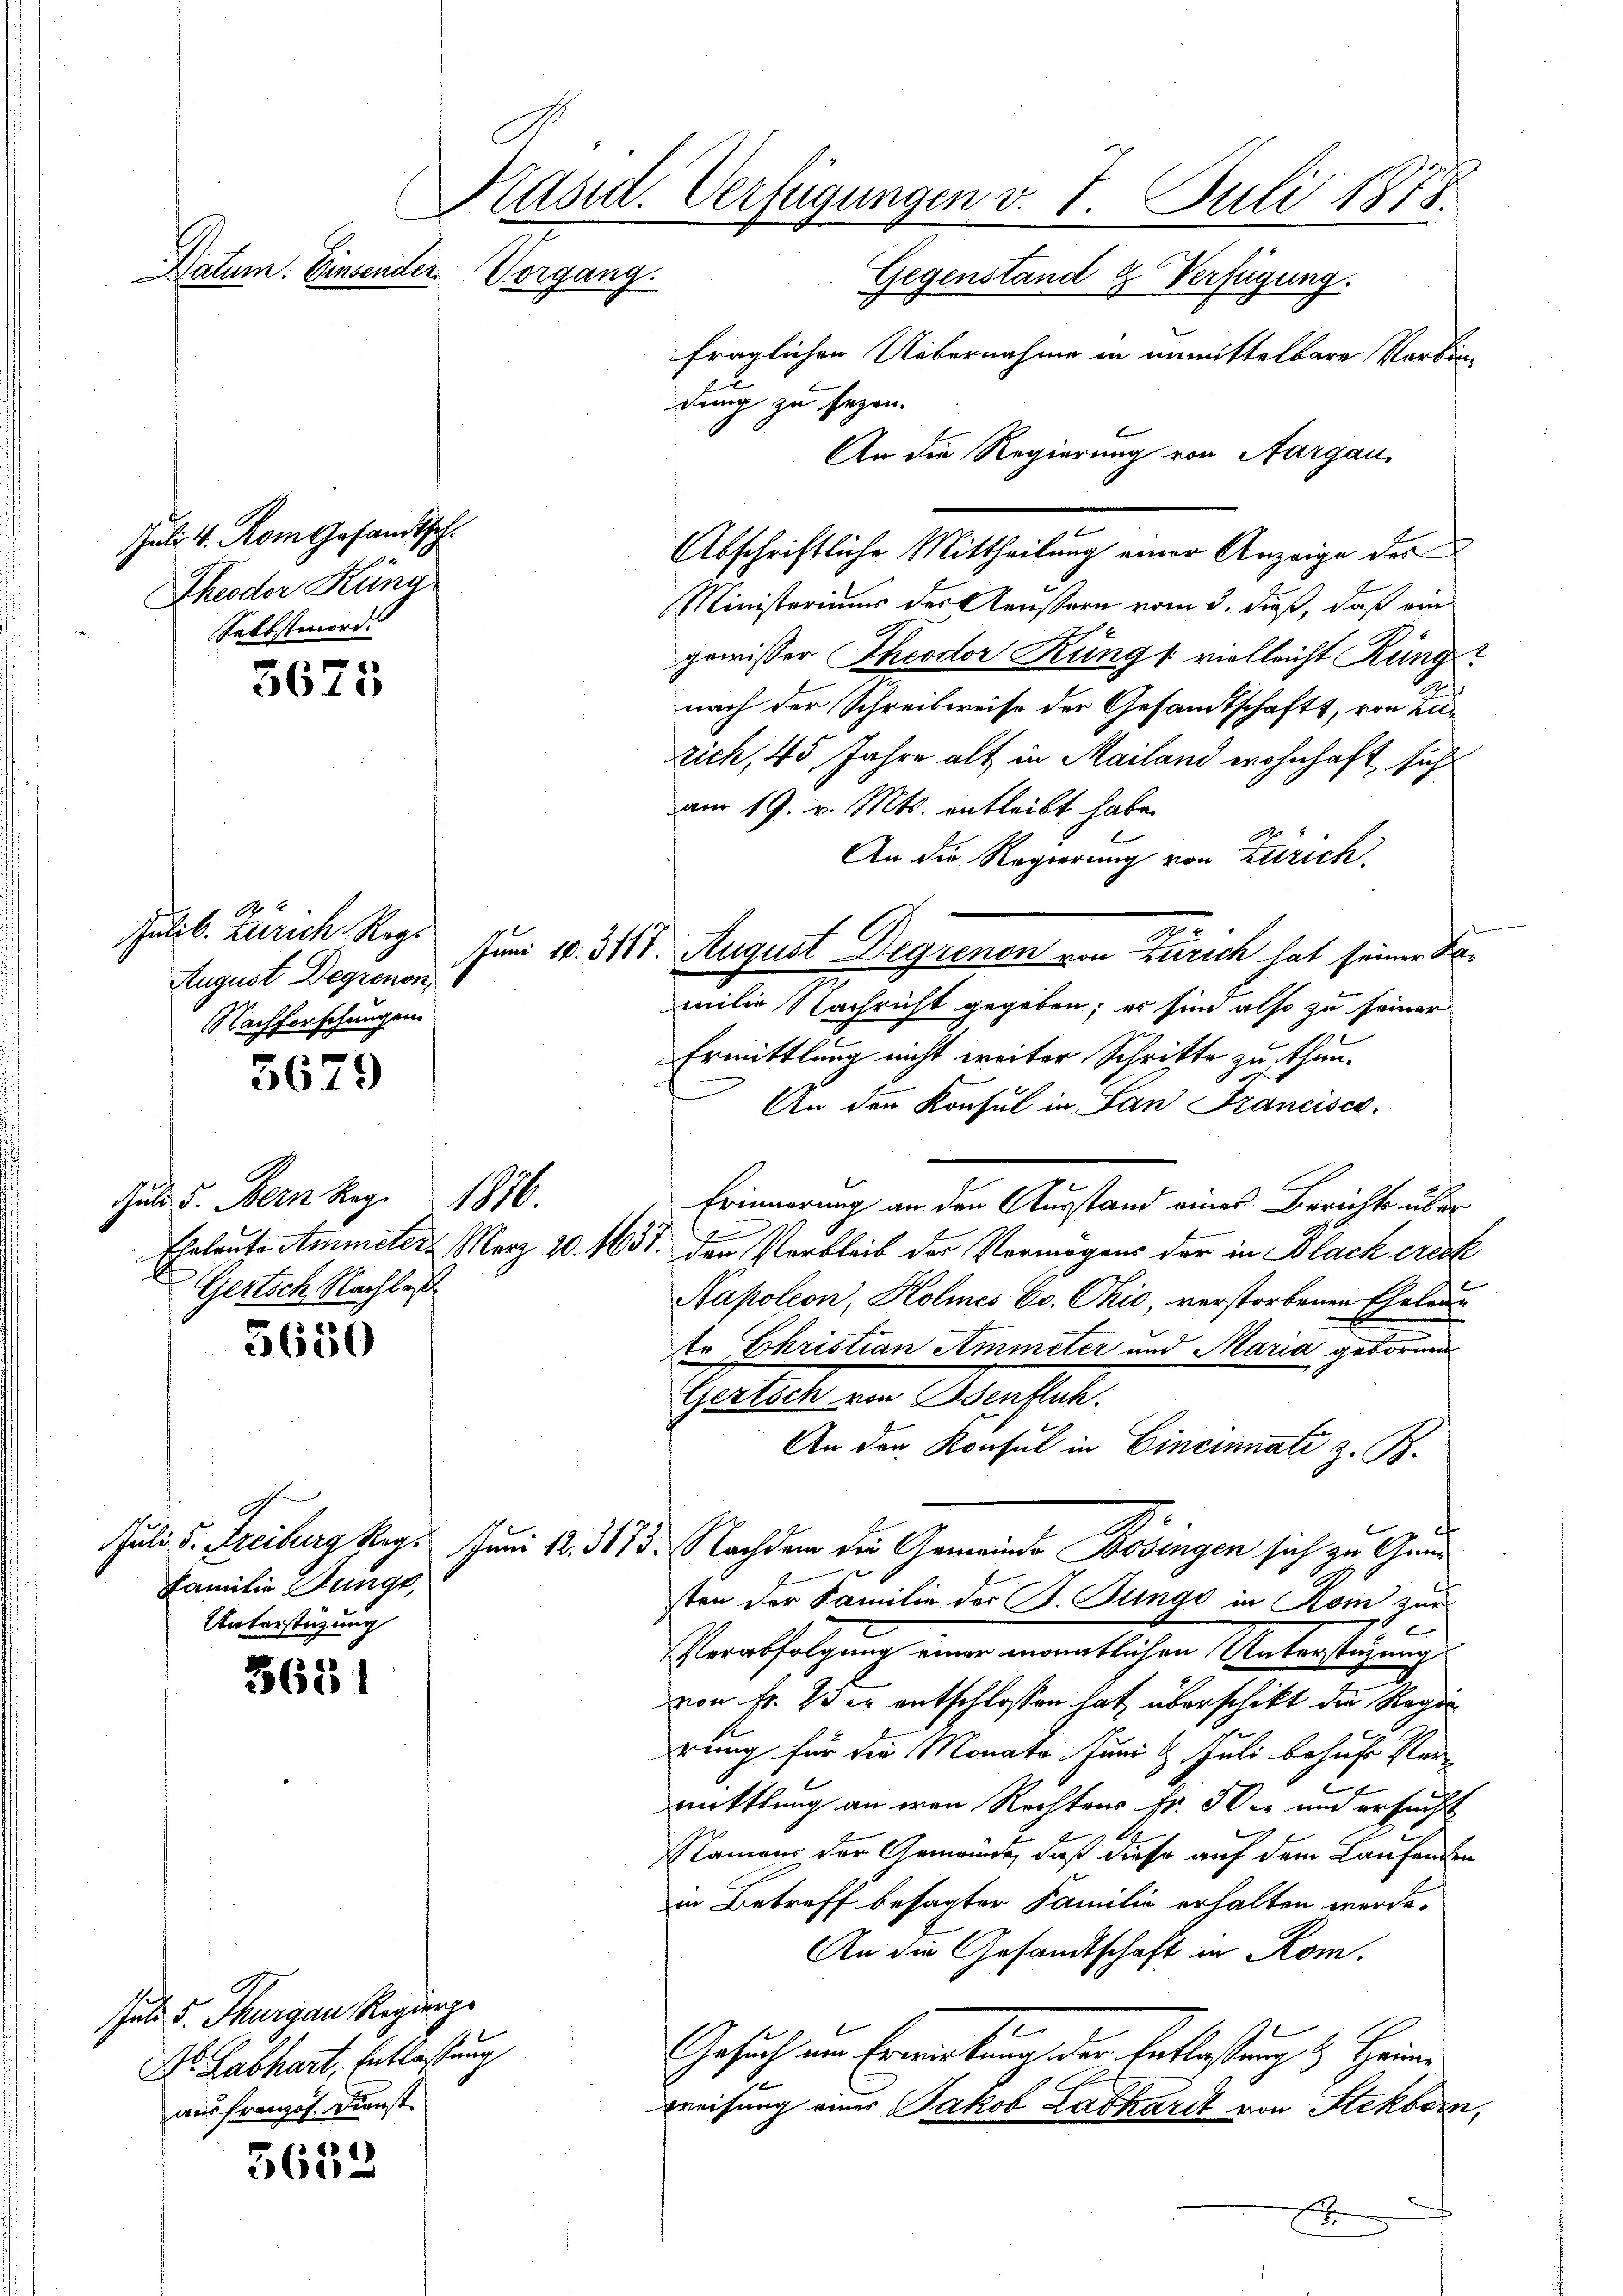
Juli 4. Rom Gesandtsch
Theodor Küng
Selbstmord.

Präsid. Verfügungen v. 7. Juli 1878.
Datum. Einsender
Vorgang.
Gegenstand & Verfügung.
fraglichen Uebernahme in unmittelbare Verbin-

3675

ulib. Zürich Reg.
August Degrenon
Nachforschungen

5679

Juli d. Bern Reg. 1816.
Eheleute Ammeter März 20. 18
Gertsch Nachlas

3650

3621

Juli d. Thurgau Regierge
Dr. Labhart, Entlassung
aus französ. Dienst

5633.

Familie Junge
Unterstüzung

Abschriftliche Mittheilung einer Anzeige des
Ministeriums der Aeußern vom 3. dieß, daß ein
gewisser Theodor Küng vielleicht Rüng?
nach der Schreibweise der Gesandtschaft, von Zuzich, 45 Jahre alt in Mailand wohnhaft sich
am 19. v. Mts. entleibt habe.
An die Regierung von Zürich.
Juni 18. 318. August Degrenen von Zürich hat seiner Samilie Nachricht gegeben; es sind also zu seiner
Ermittlung nicht weiter Schritte zu thun.
An der Konsul in San Franciscs.
Erinnerung an den Ausstand eines Berichts über
f
13t. den Verbleib der Vermögens der in Black creck
Napoleon, Holmnes Ev. Chić, verstorbenen Eheleun
te Christian Ammeter und Maria gebornen
Gattete ein Beisten.
An der Konsul in Cincinnate z. B.
Juli u. Freiburg Reg. Juni d. 3173. Nachdem der Gemeinde Bösingen sich zu Gem
sten der Familie der B. Junge in Rom zur
Grabsetzung einer andentlichen Unterstützung
von Fr. 13 er entschlossen hat überschikt die Regierung für die Monate Juni l. Juli behufe Ver
mittlung an eren Rechtens Fr. Wer und ersucht
Namens der Gemeinde, daß diese auf dem Laufenden
in Betreff besagter Familie erhalten werde.
An die Gesandtschaft in Rom.
Gesuch um Erwartung der Entlastung & Hein
weisung einer Jakob Labhardt von Stekborn,
x

dung zu sezen.
An die Regierung von Aargau,